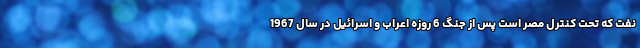
نفت که تحت کنترل مصر است پس از جنگ 6 روزه اعراب و اسرائیل در سال 1967